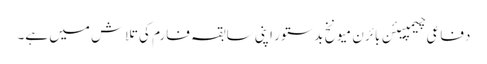
دفاعی چیمپیئن بائرن میونخ بدستور اپنی سابقہ فارم کی تلاش میں ہے۔